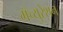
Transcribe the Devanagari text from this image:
मॅच्युरेशन